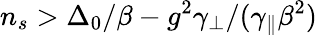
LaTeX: n_{s}>\Delta_{0}/\beta-g^{2}\gamma_{\perp}/(\gamma_{\parallel}\beta^{2})